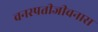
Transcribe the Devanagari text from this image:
वनस्पतीजीवनास